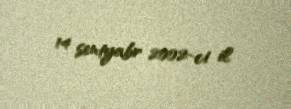
14 sentyabr 2002-ci il